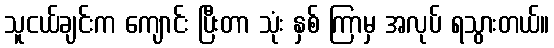
သူငယ်ချင်းက ကျောင်း ပြီးတာ သုံး နှစ် ကြာမှ အလုပ် ရသွားတယ်။